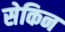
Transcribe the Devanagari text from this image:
सेकिन